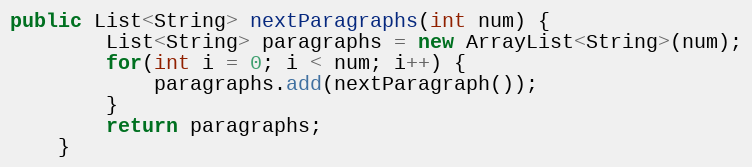
Language: Java
public List<String> nextParagraphs(int num) {
        List<String> paragraphs = new ArrayList<String>(num);
        for(int i = 0; i < num; i++) {
            paragraphs.add(nextParagraph());
        }
        return paragraphs;
    }